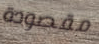
مقصودة